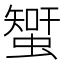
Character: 𧐉